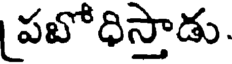
పబోధిస్తాడు.